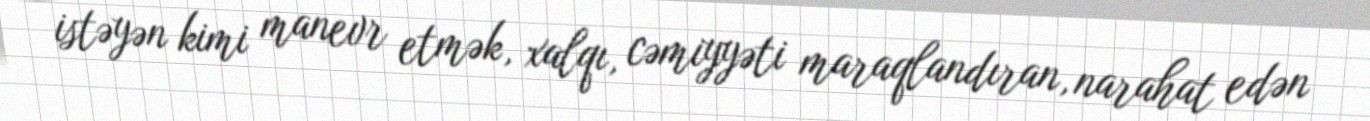
istəyən kimi manevr etmək, xalqı, cəmiyyəti maraqlandıran, narahat edən